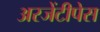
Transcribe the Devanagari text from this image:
अरजेंटीपेस